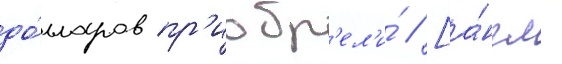
до́лларов пр'иобр'ел'и́ // [а́нгл.